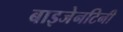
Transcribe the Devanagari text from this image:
बाइजेनटिनी